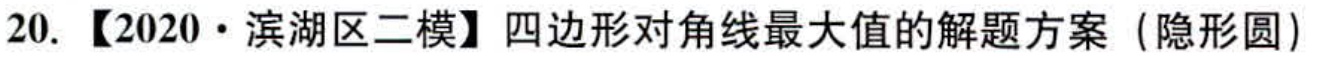
20. 【2020·滨湖区二模】四边形对角线最大值的解题方案（隐形圆）